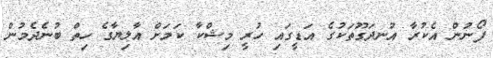
ފޯނުން އެކުރާ އުނދަގޫތަކުގެ އަޑީގައި ހުރީ މިޝްކާ ކަމަށް އާލިޔާގެ ހިތް ބުނެދެމުން